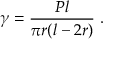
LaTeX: \gamma = { \frac { P l } { \pi r ( l - 2 r ) } } ~ .